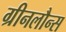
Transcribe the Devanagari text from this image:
ग्रीनलौन्स